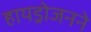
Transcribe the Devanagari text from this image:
हायड्रोजनने